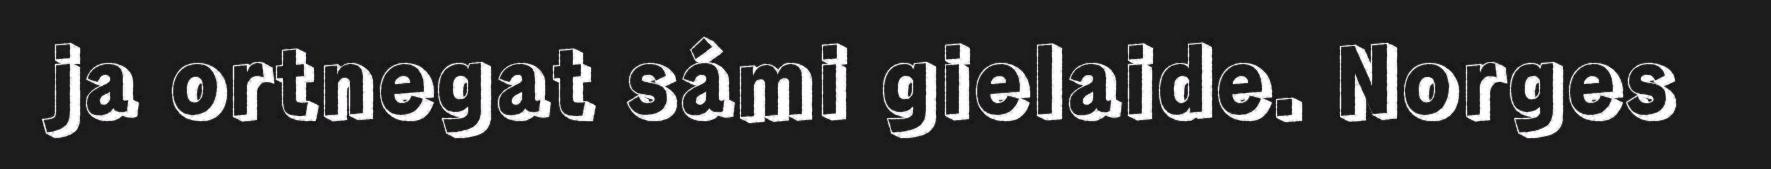
ja ortnegat sámi gielaide. Norges